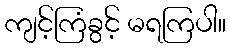
ကျင့်ကြံခွင့် မရကြပါ။